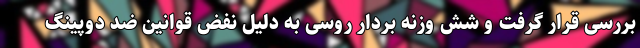
بررسی قرار گرفت و شش وزنه بردار روسی به دلیل نفض قوانین ضد دوپینگ